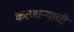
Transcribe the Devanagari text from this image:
करणाऱ्याची